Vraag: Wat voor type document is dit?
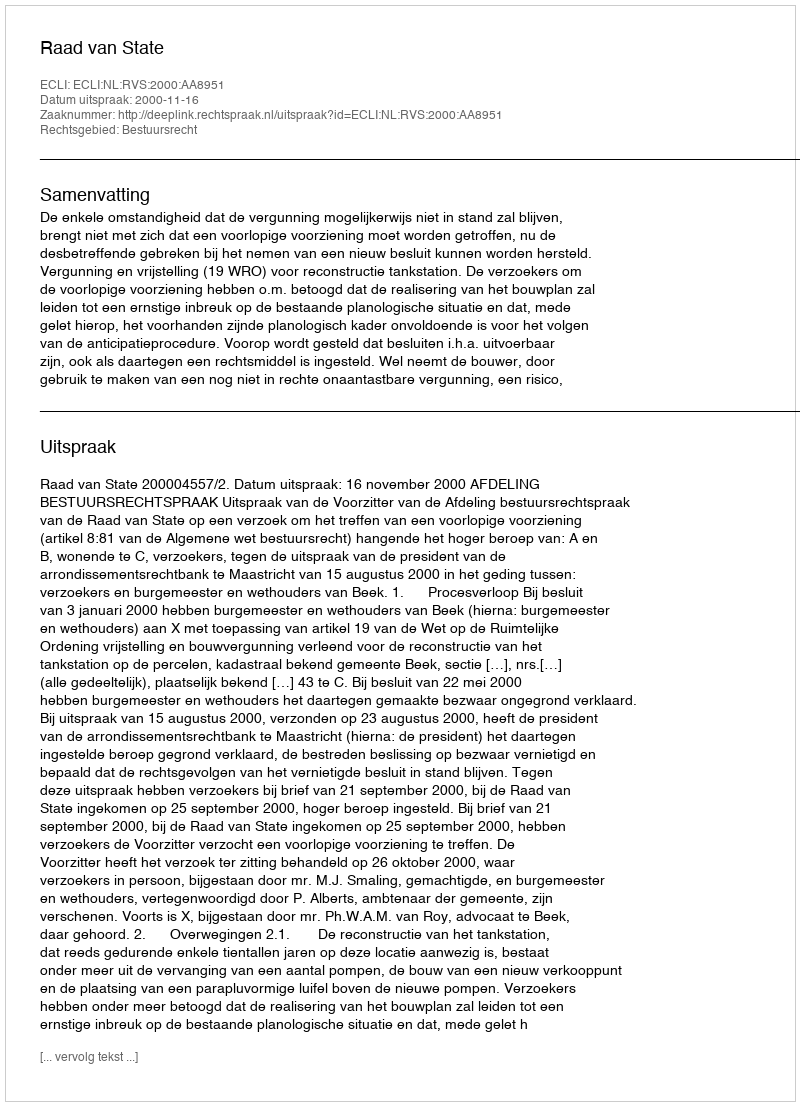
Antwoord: Uitspraak